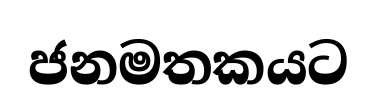
ජනමතකයට